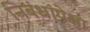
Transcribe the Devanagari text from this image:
निबंधांपेक्षा